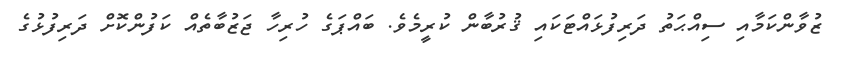
ޒުވާންކަމާއި ސިއްޙަތު ދަރިފުޅައްޓަކައި ޤުރުބާން ކުރީމެވެ. ބައްޕަގެ ހުރިހާ ޖަޒުބާތެއް ކަފުންކޮށް ދަރިފުޅުގެ